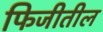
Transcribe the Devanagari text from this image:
फिजीतील